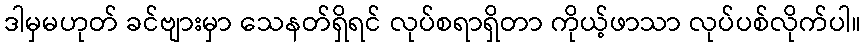
ဒါမှမဟုတ် ခင်ဗျားမှာ သေနတ်ရှိရင် လုပ်စရာရှိတာ ကိုယ့်ဖာသာ လုပ်ပစ်လိုက်ပါ။